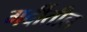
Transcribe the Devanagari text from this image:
गर्दीतील